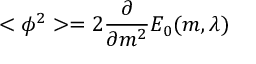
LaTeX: < \phi ^ { 2 } > = 2 \frac { \partial } { \partial m ^ { 2 } } E _ { 0 } ( m , \lambda )